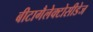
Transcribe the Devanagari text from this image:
बीटागैलेक्टोसीडेज